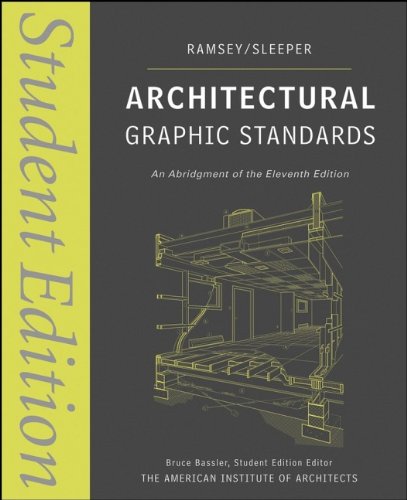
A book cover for Architectural Graphic Standards: Student Edition; Charles George Ramsey; Arts & Photography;